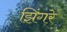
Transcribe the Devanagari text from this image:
झिंगरे